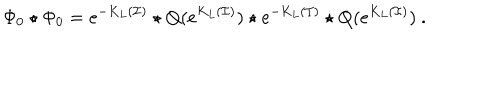
\Phi _ { 0 } \star \Phi _ { 0 } = e ^ { - K _ { L } ( \mathcal { I } ) } \star Q ( e ^ { K _ { L } ( \mathcal { I } ) } ) \star e ^ { - K _ { L } ( \mathcal { I } ) } \star Q ( e ^ { K _ { L } ( \mathcal { I } ) } ) \ .